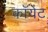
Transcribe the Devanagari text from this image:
कॉयेट